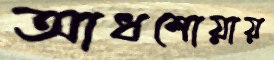
আধশোয়ায়